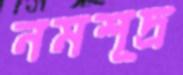
নমশূদ্র